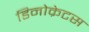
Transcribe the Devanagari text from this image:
डिनोक्रेटस